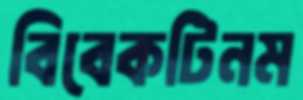
বিবেকটিনম